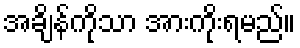
အချိန်ကိုသာ အားကိုးရမည်။